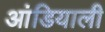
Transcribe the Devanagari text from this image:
आंडियाली